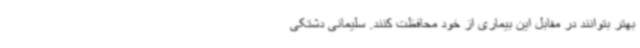
بهتر بتوانند در مقابل این بیماری از خود محافظت کنند. سلیمانی دشتکی